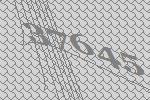
37645